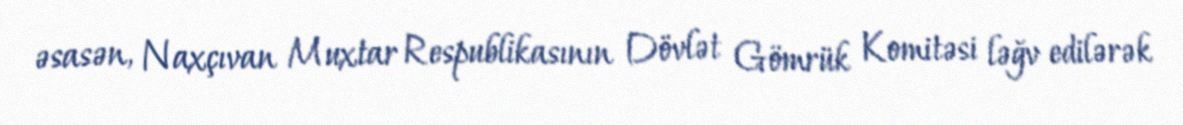
əsasən, Naxçıvan Muxtar Respublikasının Dövlət Gömrük Komitəsi ləğv edilərək